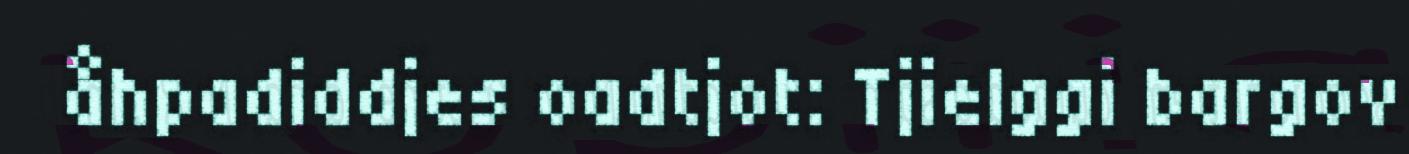
åhpadiddjes oadtjot: Tjielggi bargov